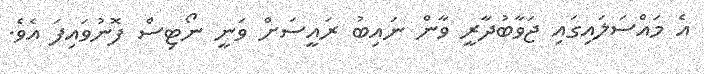
އެ މައްސަލައިގައި ޖަވާބުދާރީ ވާން ނައިބު ރައީސަށް ވަނީ ނޯޓިސް ފޮނުވައިފަ އެވެ.